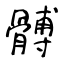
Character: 髆